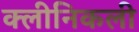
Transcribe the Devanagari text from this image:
क्लीनिकली